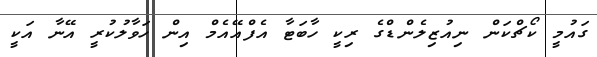
ގައުމީ ކޯޗްކަން ނިއުޒިލެންޑްގެ ރިކީ ހާބަޓާ އެފްއޭއެމް އިން ހަވާލުކުރީ އޭނާ އަކީ